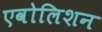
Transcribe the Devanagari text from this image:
एवोलिशन